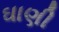
ઘાણી